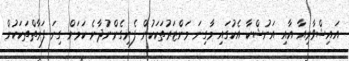
އައިޝްވާރިއާ އާއި އަނުޝްކާ އެކުގައި މާގިނަ މަންޒަރުތަކަކުން ފެނިގެންނުދާނެ ކަމަށް ގިނަ ފަރާތްތަކަކުން